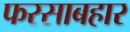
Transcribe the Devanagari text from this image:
फरसाबहार